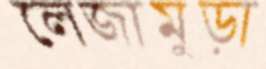
লেজামুড়া